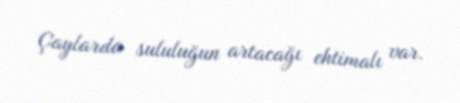
Çaylarda sululuğun artacağı ehtimalı var.